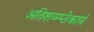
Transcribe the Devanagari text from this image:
अतिशय्म्प्ठेकार्य